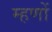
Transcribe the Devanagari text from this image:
म्हणों